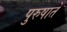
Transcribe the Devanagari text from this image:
पुरुषाते